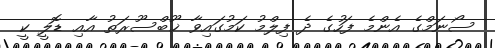
ސޯނަމްގެ އެންމެ ފަހުގެ ދެ ފިލްމު ކަމުގައިވާ ޚޫބްސޫރަތު އާއި ޑޮލީ ކީ